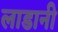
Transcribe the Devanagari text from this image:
लाडानी